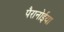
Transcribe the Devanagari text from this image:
पैरानोईया